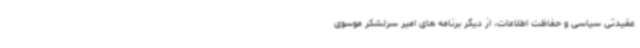
عقیدتی سیاسی و حفاظت اطلاعات، از دیگر برنامه های امیر سرلشکر موسوی